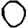
Digit: 0